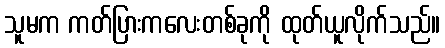
သူမက ကတ်ပြားကလေးတစ်ခုကို ထုတ်ယူလိုက်သည်။